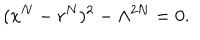
( x ^ { N } - r ^ { N } ) ^ { 2 } - \Lambda ^ { 2 N } = 0 .